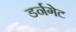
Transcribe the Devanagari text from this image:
डर्नगेट